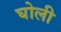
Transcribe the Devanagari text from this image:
घोली